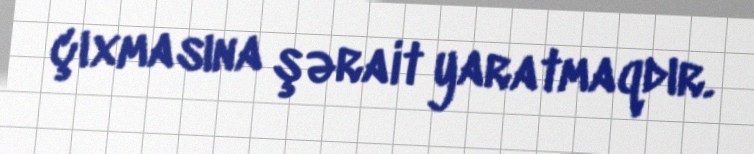
çıxmasına şərait yaratmaqdır.